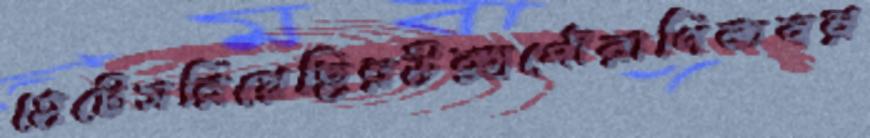
হেটেসরিয়েছিরউক্সপৌরাণিকবর